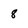
Character: 8